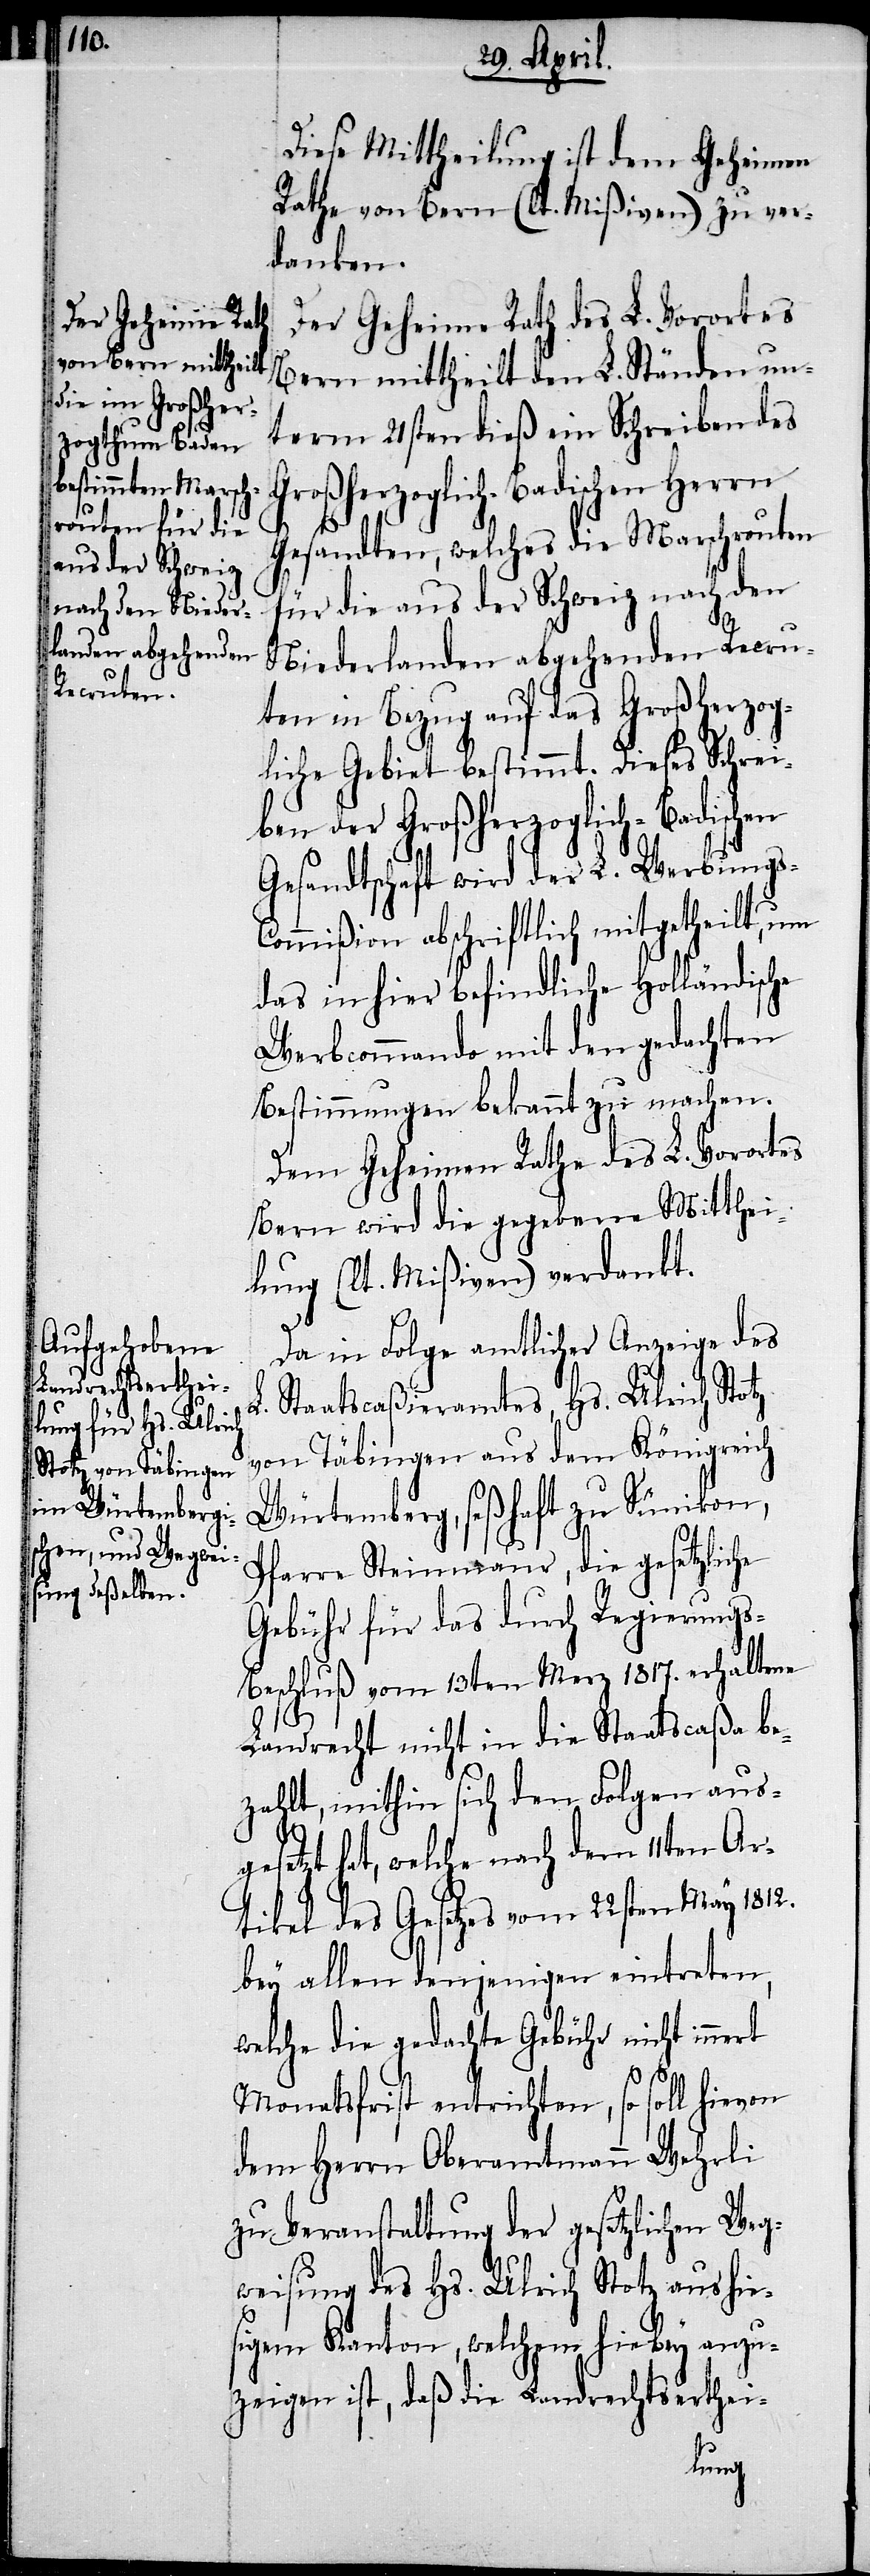
Diese Mittheilung ist dem Geheimen
Rathe von Bern (lt. Mißiven) zu ver¬
danken.
Der Geheime Rath des L. Vorortes
Bern mittheilt den L. Ständen un¬
term 21sten dieß ein Schreiben des
Großherzoglich Badischen Herrn
Gesandten, welches die Marschrouten
für die aus der Schweiz nach den
Niederlanden abgehenden Recru¬
ten in Bezug auf das Großherzog¬
liche Gebiet bestimmt. Dieses Schrei¬
ben der Großherzoglich-Badischen
Gesandtschaft wird der L. Werbung¬
ommißion abschriftlich mitgetheilt, um
das in hier befindliche Holländische
Werbcommando mit den gedachten
Bestimmungen bekannt zu machen.
Dem Geheimen Rathe des L. Vorortes
Bern wird die gegebene Mitthei¬
lung (lt. Mißiven) verdankt.
Da in Folge amtlicher Anzeige des
Staatscaßiramtes, Hs. Ulrich Stotz
von Täbingen aus dem Königreich
Würtemberg, seßhaft zu Sümikon,
Pfarre Steinmaur, die gesetzliche
Gebühr für das durch Regierung¬
eschluß vom 13ten Merz 1817. erhaltene
Landrecht nicht in die Staatscaßa be¬
zahlt, mithin sich den Folgen ausg¬
esetzt hat, welche nach dem 11ten Ar¬
tikel des Gesetzes vom 22sten May 1812.
bey allen denjenigen eintreten,
welche die gedachte Gebühr nicht inne¬
rt
L.
Monatsfrist entrichten, so soll hievon
dem Herrn Oberamtmann Wehrli
zu Veranstaltung der gesetzlichen Weg¬
weisung des Hs. Ulrich Stotz aus hie¬
sigem Kanton, welchem hiebey anzu¬
zeigen ist, daß die Landrechtserthei-